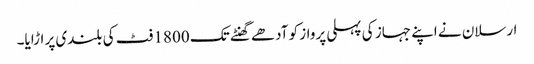
ارسلان نے اپنے جہاز کی پہلی پرواز کو آدھے گھنٹے تک 1800 فٹ کی بلندی پر اڑایا۔